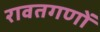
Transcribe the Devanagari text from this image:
रावतगणों